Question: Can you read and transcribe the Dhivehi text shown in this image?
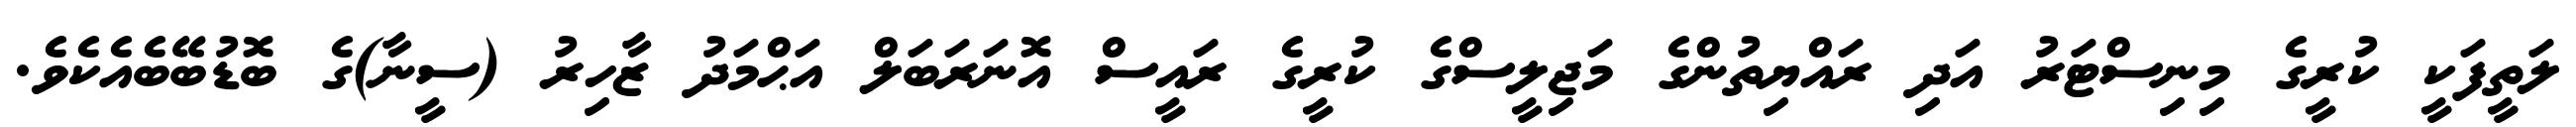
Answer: ލަތީފަކީ ކުރީގެ މިނިސްޓަރު އަދި ރައްޔިތުންގެ މަޖިލީސްގެ ކުރީގެ ރައީސް އޮނަރަބަލް އަޙްމަދު ޒާހިރު (ސީނާ)ގެ ބޮޑުބޭބެއެކެވެ.